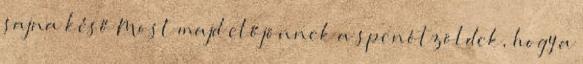
sajna késő Most majd előjönnek a spenótzöldek, hogy a